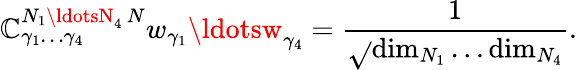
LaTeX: {\mathbb{C}}_{\gamma_{1}\ldots\gamma_{4}}^{N_{1}\ldotsN_{4}\, N}w_{\gamma_{1}}\ldotsw_{\gamma_{4}}={\frac{{1}}{{\sqrt{}{{\mathrm{{dim}}_{N_{1}}\ldots\mathrm{{dim}}_{N_{4}}}}}}}.